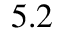
5 . 2